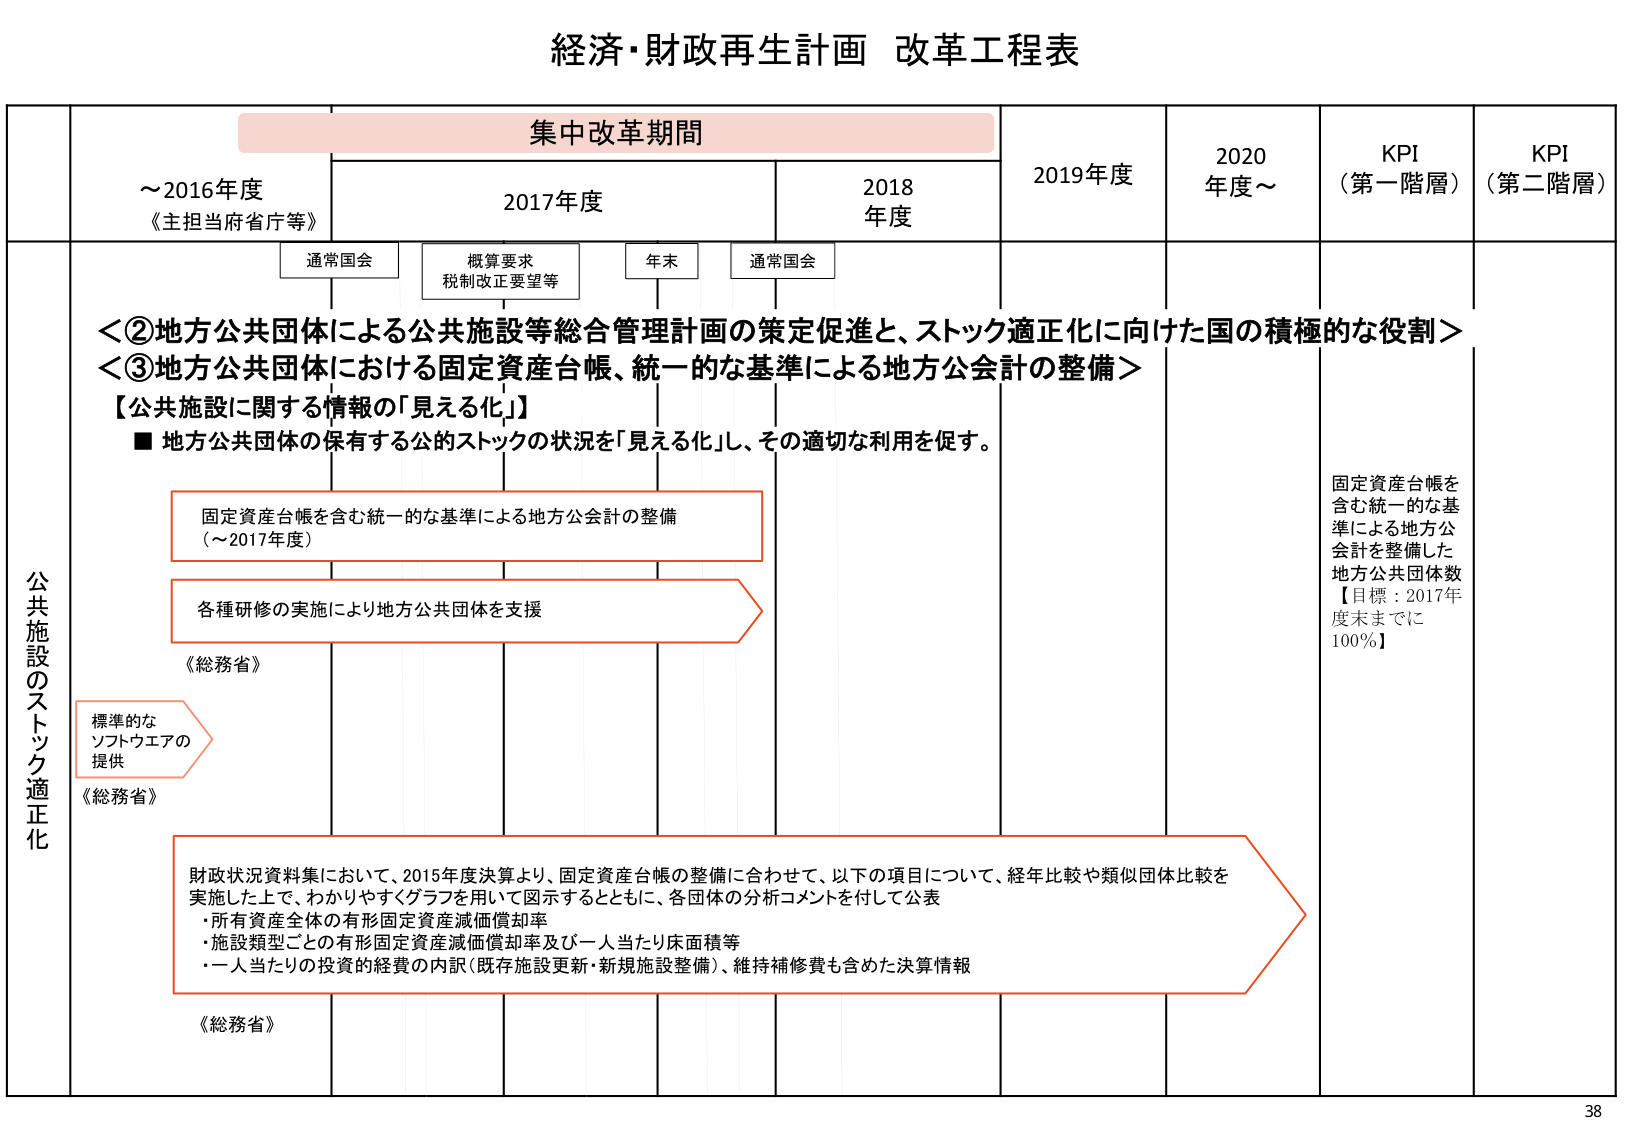
経済・財政再生計画 改革工程表

集中改革期間

～2016年度
《主担当府省庁等》

2017年度

2018年度

2019年度

2020年度～

KPI（第一階層）

KPI（第二階層）

通常国会

概算要求
税制改正要望等

年末

通常国会

＜②地方公共団体による公共施設等総合管理計画の策定促進と、ストック適正化に向けた国の積極的な役割＞
＜③地方公共団体における固定資産台帳、統一的な基準による地方公会計の整備＞

【公共施設に関する情報の「見える化」】
■ 地方公共団体の保有する公的ストックの状況を「見える化」し、その適切な利用を促す。

固定資産台帳を含む統一的な基準による地方公会計の整備
（～2017年度）

各種研修の実施により地方公共団体を支援
《総務省》

標準的な
ソフトウエアの
提供
《総務省》

財政状況資料集において、2015年度決算より、固定資産台帳の整備に合わせて、以下の項目について、経年比較や類似団体比較を
実施した上で、わかりやすくグラフを用いて図示するとともに、各団体の分析コメントを付して公表
・所有資産全体の有形固定資産減価償却率
・施設類型ごとの有形固定資産減価償却率及び一人当たり床面積等
・一人当たりの投資の経費の内訳（既存施設更新・新規施設整備）、維持補修費も含めた決算情報
《総務省》

固定資産台帳を
含む統一的な基準による地方公会計を整備した
地方公共団体数
【目標：2017年度末までに
100％】

公共施設のストック適正化

38